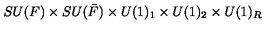
S U ( F ) \times S U ( \bar { F } ) \times U ( 1 ) _ { 1 } \times U ( 1 ) _ { 2 } \times U ( 1 ) _ { R }